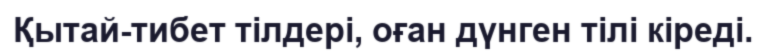
Қытай-тибет тілдері, оған дүнген тілі кіреді.